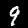
Label: 9